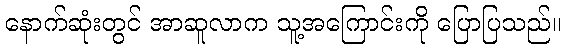
နောက်ဆုံးတွင် အာဆူလာက သူ့အကြောင်းကို ပြောပြသည်။